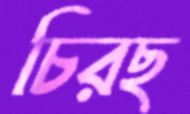
চিরছ